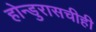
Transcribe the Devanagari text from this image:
होन्डुरासचीही